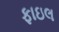
ફાઇલ